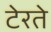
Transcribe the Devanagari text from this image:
टेरते